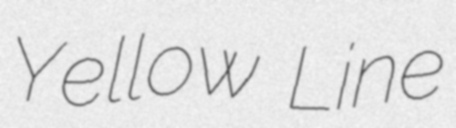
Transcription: Yellow Line